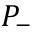
P _ { - }